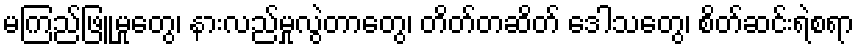
မကြည်ဖြူမှုတွေ၊ နားလည်မှုလွဲတာတွေ၊ တိတ်တဆိတ် ဒေါသတွေ၊ စိတ်ဆင်းရဲစရာ